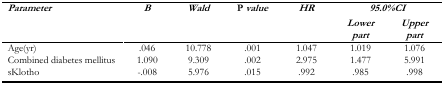
| <ROWSPAN=2> Parameter | <ROWSPAN=2> B | <ROWSPAN=2> Wald | <ROWSPAN=2> Pvalue | <ROWSPAN=2> HR | <COLSPAN=2> 95.0%CI |
 | Lower part | Upper part |
 | --- | --- | --- | --- | --- | --- | --- |
 | Age(yr) | .046 | 10.778 | .001 | 1.047 | 1.019 | 1.076 |
 | Combined diabetes mellitus | 1.090 | 9.309 | .002 | 2.975 | 1.477 | 5.991 |
 | sKlotho | −.008 | 5.976 | .015 | .992 | .985 | .998 |